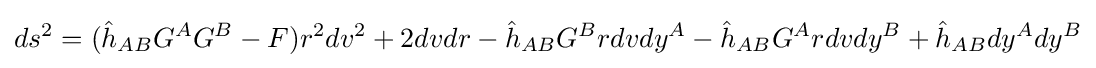
ds^{2}=({\hat {h}}_{AB}G^{A}G^{B}-F)r^{2}dv^{2}+2dvdr-{\hat {h}}_{AB}G^{B}rdvdy^{A}-{\hat {h}}_{AB}G^{A}rdvdy^{B}+{\hat {h}}_{AB}dy^{A}dy^{B}